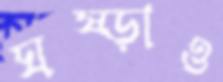
ঘষ্‌ড়াও